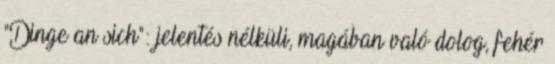
"Dinge an sich": jelentés nélküli, magában való dolog, fehér